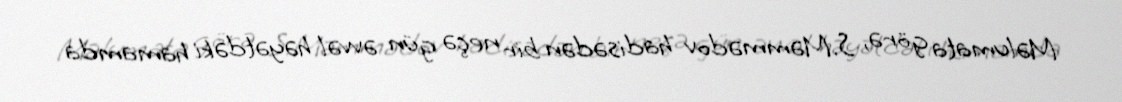
Məlumata görə, S.Məmmədov hadisədən bir neçə gün əvvəl həyətdəki hamamda